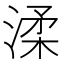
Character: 渘